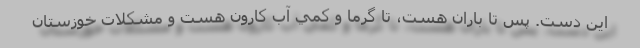
اين دست. پس تا باران هست، تا گرما و كمي آب كارون هست و مشكلات خوزستان